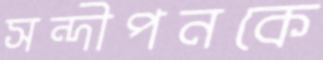
সন্দীপনকে